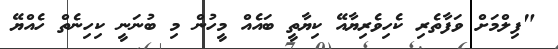
"ފިލްމަށް ވަފާތެރި ކެހިވެރިޔާއޭ ކިޔާތީ ބައެއް މީހުން މި ބުނަނީ ކިހިނެތް ހެއްޔޭ